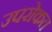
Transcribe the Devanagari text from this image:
उपरोकत